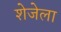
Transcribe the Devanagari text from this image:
शेजेला